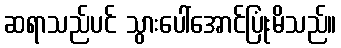
ဆရာသည်ပင် သွားပေါ်အောင်ပြုံးမိသည်။